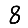
Digit: 8